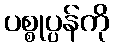
ပစ္စုပ္ပန်ကို